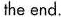
the end